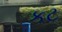
કટ